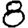
Digit: 8